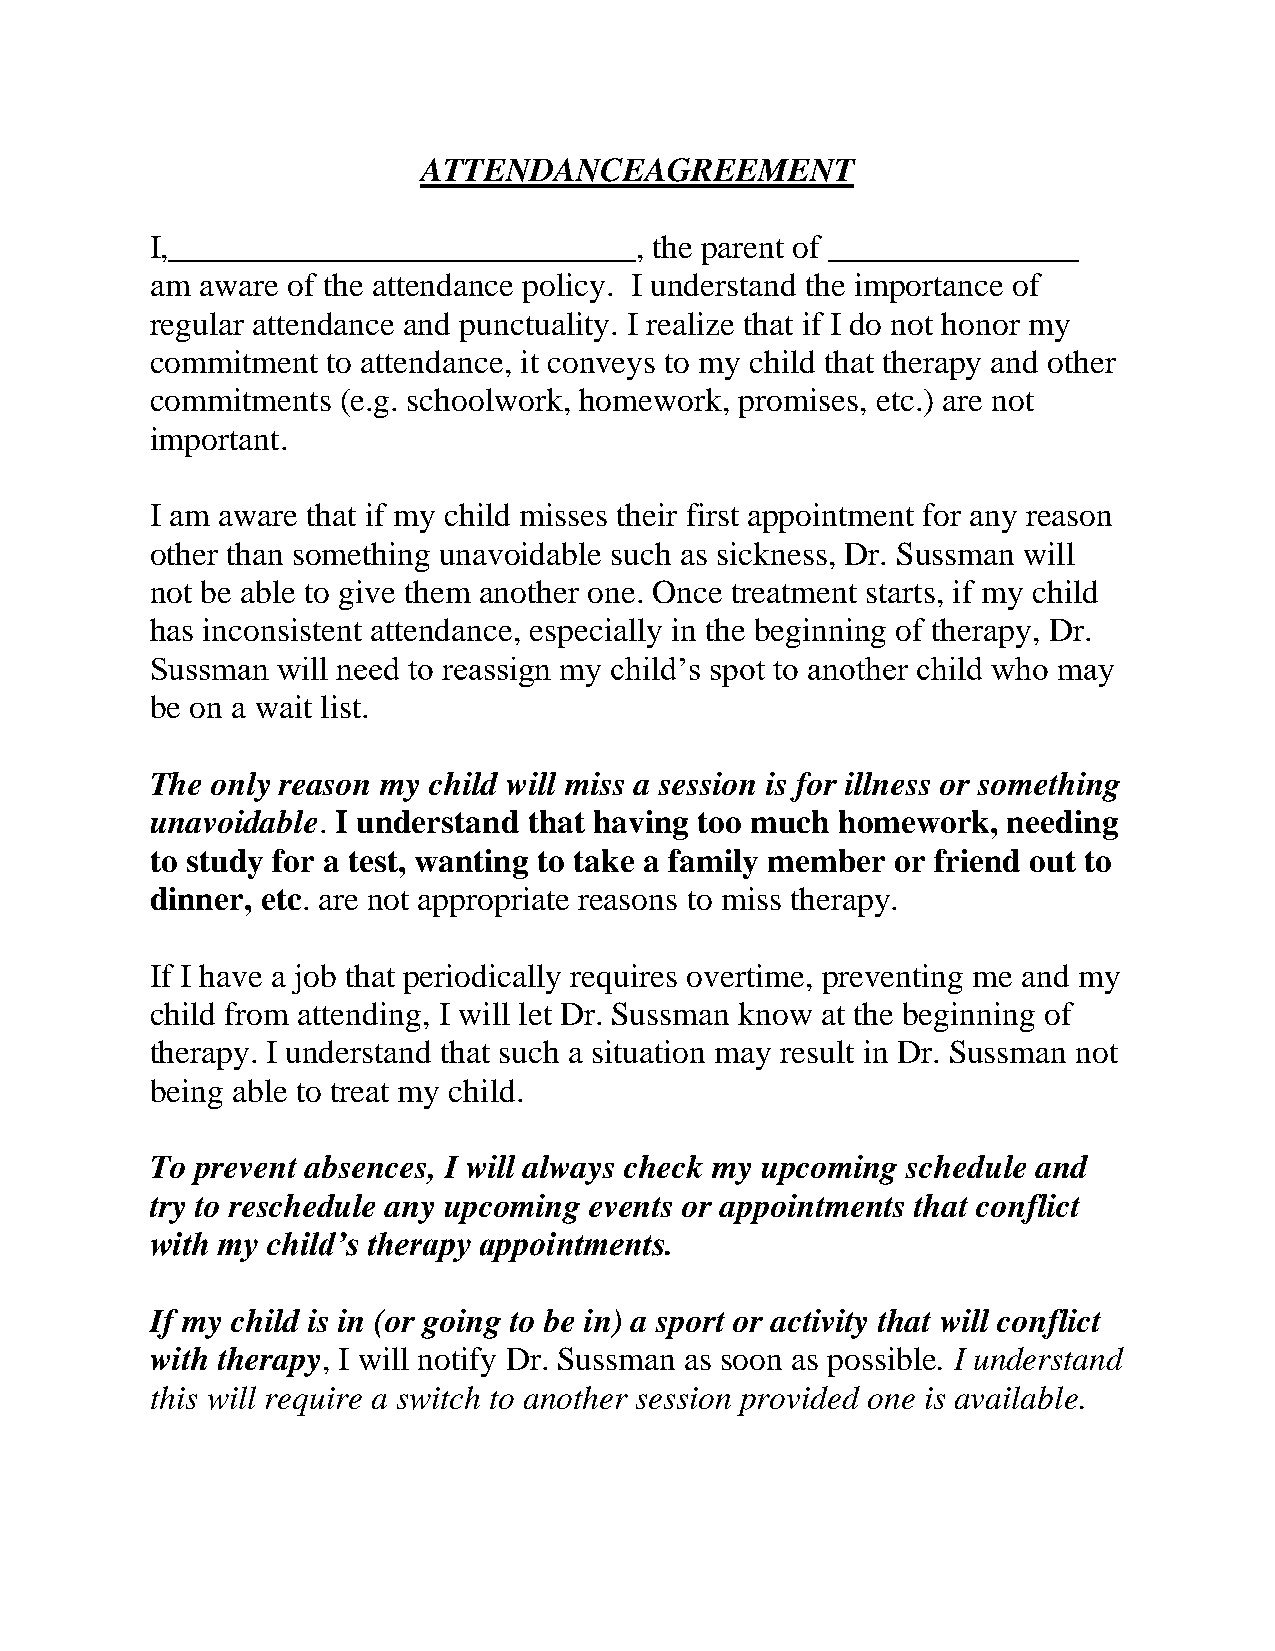
ATTENDANCEAGREEMENT
 I,____________________________,  the parent of _______________
 am aware of the attendance policy. I understand the importance of
 regular attendance and punctuality. I realize that if I do not honor my
 commitment  to attendance, it conveys to my child that therapy and other
 commitments  (e.g. schoolwork, homework, promises, etc.) are not
 important.
 I am aware that if my child misses their first appointment for any reason
 other than something unavoidable such as sickness, Dr. Sussman will
 not be able to give them another one. Once treatment starts, if my child
 has inconsistent attendance, especially in the beginning of therapy, Dr.
 Sussman will need to reassign my child’s spot to another child who may
 be on a wait list.
 The only reason my child will miss a session is for illness or something
 unavoidable. I understand that having too much homework, needing
 to study for a test, wanting to take a family member or friend out to
 dinner, etc. are not appropriate reasons to miss therapy.
 If I have a job that periodically requires overtime, preventing me and my
 child from attending, I will let Dr. Sussman know at the beginning of
 therapy. I understand that such a situation may result in Dr. Sussman not
 being able to treat my child.
 To prevent absences, I will always check my upcoming schedule and
 try to reschedule any upcoming events or appointments that conflict
 with my child’s therapy appointments.
 If my child is in (or going to be in) a sport or activity that will conflict
 with therapy, I will notify Dr. Sussman as soon as possible. I understand
 this will require a switch to another session provided one is available.